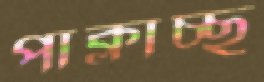
পাক্‌লাচ্ছ